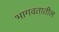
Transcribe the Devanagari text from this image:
भागवतातील